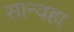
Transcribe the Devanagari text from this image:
सान्वहा